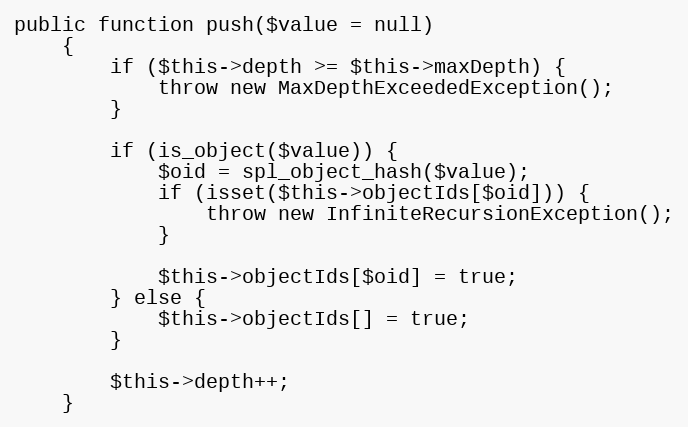
Language: PHP
public function push($value = null)
    {
        if ($this->depth >= $this->maxDepth) {
            throw new MaxDepthExceededException();
        }

        if (is_object($value)) {
            $oid = spl_object_hash($value);
            if (isset($this->objectIds[$oid])) {
                throw new InfiniteRecursionException();
            }

            $this->objectIds[$oid] = true;
        } else {
            $this->objectIds[] = true;
        }

        $this->depth++;
    }